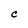
Character: c